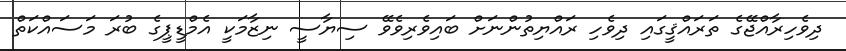
ދިވެހިރާއްޖޭގެ ތަރައްޤީގައި ދިވެހި ރައްޔިތުންނަށް ބައިވެރިވެވޭ ސިޔާސީ ނިޒާމަކީ އެމްޑީޕީގެ ބުރަ މަސައްކަތް